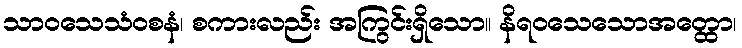
သာဝသေသံဝစနံ၊ စကားလည်း အကြွင်းရှိသော။ နိရဝသေသောအတ္ထော၊